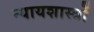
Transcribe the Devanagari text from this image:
न्यायशास्त्रों